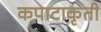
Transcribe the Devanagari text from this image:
कपाटाकृती